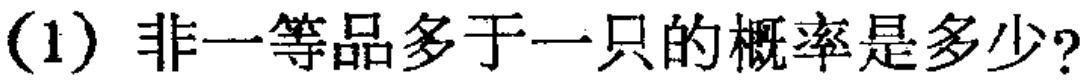
(1) 非一等品多于一只的概率是多少?